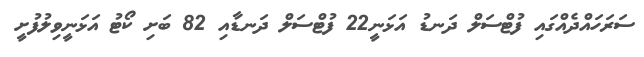
ސަރަހައްދެއްގައި ފުޓްސަލް ދަނޑު އަޅަނީ22 ފުޓްސަލް ދަނޑާއި 82 ބަށި ކޯޓު އަޅަނީވިލުފުށީ